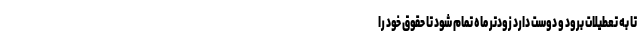
تا به تعطیلات برود و دوست دارد زودتر ماه تمام شود تا حقوق خود را